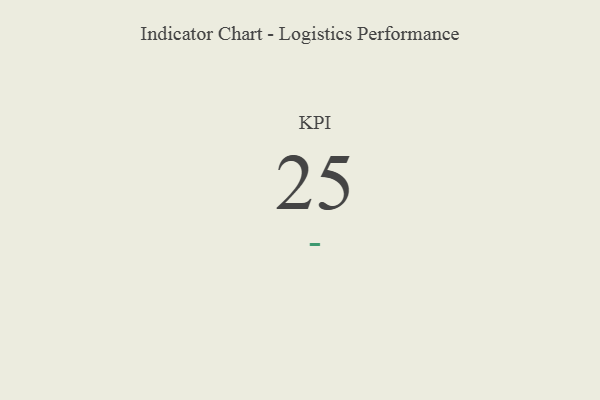
{"axis": {"x": "KPI", "y": "Value"}, "legend": [""], "data": [{"x": "KPI", "y": 25, "type": ""}]}